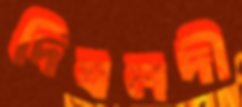
দিঘলদী